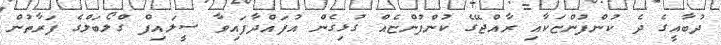
ދުބާއީގެ ދެ ކުންފުންޏަކާއި ރާއްޖޭގެ ކުންފުންޏެއް ގުޅިގެން އުފައްދާފައިވާ ސީލައިފް ގްލޯބަލްގެ ފަރާތުން